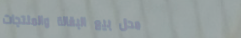
محل بيع البقالة والمنتجات